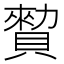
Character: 𧷖